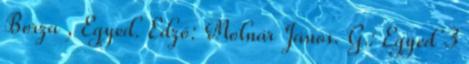
Borza , Egyed. Edző: Molnár János. G.: Egyed 3